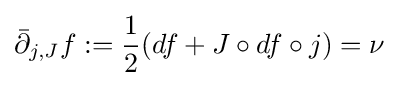
{\bar {\partial }}_{j,J}f:={\frac {1}{2}}(df+J\circ df\circ j)=\nu